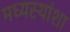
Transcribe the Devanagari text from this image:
मध्यस्थांशा